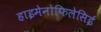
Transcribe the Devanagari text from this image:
हाइमेनोफिलेसिई